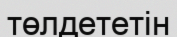
төлдететін